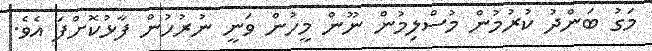
މަގު ބަންދު ކުރުމުން މުސްލިމުން ނޫން މީހުން ވަނީ ނުރުހުން ފާޅުކޮށްފަ އެވެ.